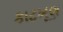
કાટખૂણ